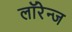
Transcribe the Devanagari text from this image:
लॉरेन्ज